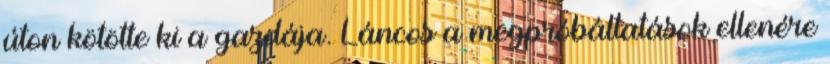
úton kötötte ki a gazdája. Láncos a megpróbáltatások ellenére